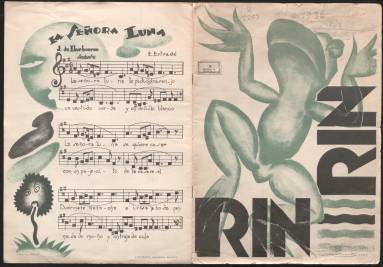
Título: Rin, rin (Bogotá)
Otros títulos: Rin rin || Rin-rin
Colección: Revistas infantiles
Ámbito geográfico: Colombia
Lugar de publicación: Bogotá
Fechas: 01/01/1936-31/12/1937